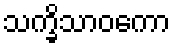
သက္ခိသာဝကော